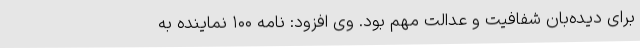
برای دیده‌بان شفافیت و عدالت مهم بود. وی افزود: نامه ۱۰۰ نماینده به